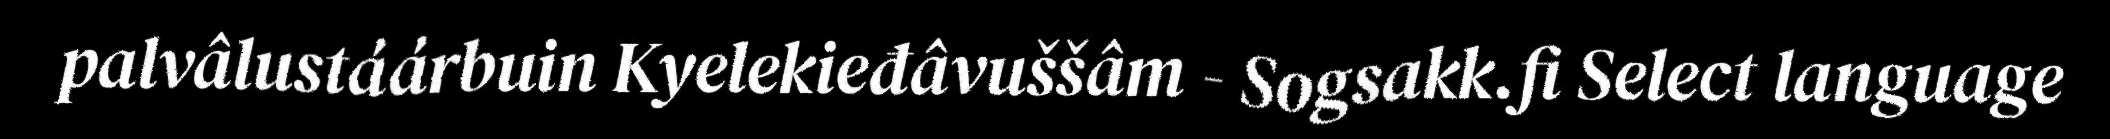
palvâlustáárbuin Kyelekieđâvuššâm - Sogsakk.fi Select language